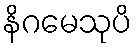
နိဂမေသုပိ